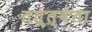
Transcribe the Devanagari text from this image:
तत्त्वेता